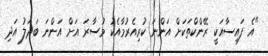
"އެ ފައިސާއަކީ ރޭންކްތަކަށް އަންނަ ކުރިއެރުމާއެކު މުސާރަ އަށް އަންނަ ބަދަލު އަދި